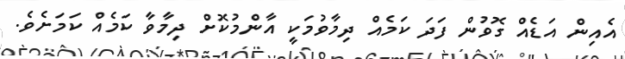
އެއިން އަޑެއް ގޮވުން ފަދަ ކަމެއް ދިމާވުމަކީ އާންމުކޮށް ދިމާވާ ކަމެއް ކަމަށެވެ.